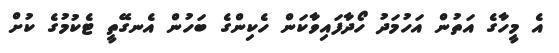
އެ މީހާގެ އަތުން އަހުމަދު ހޯދާފައިވާކަން ހެކިންގެ ބަހުން އެނގޭތީ ޓެކުމުގެ ކުށް